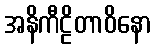
အနိကီဠိတာဝိနော